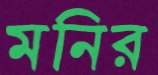
মনির